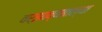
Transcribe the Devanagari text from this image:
वर्झाव्यातल्या